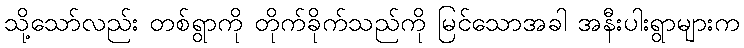
သို့သော်လည်း တစ်ရွာကို တိုက်ခိုက်သည်ကို မြင်သောအခါ အနီးပါးရွာများက